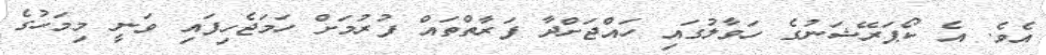
އެވެ. އެ ކޯޕަރޭޝަނުގެ ހަވާލުގައި ހައްޖަށްދާ ފަރާތްތައް ފުރުމަށް ހަމަޖެހިފައި ވަނީ މިމަހުގެ